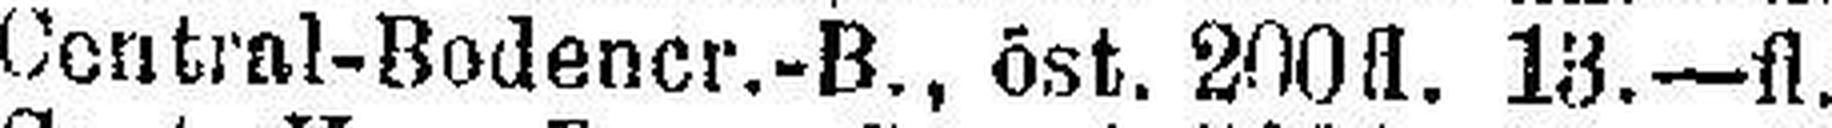
Central-Bodener.-B., öst. 200fl. 13.—fl.